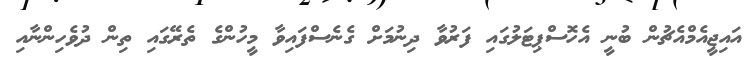
އައިޖީއެމްއެޗުން ބުނީ އެހޮސްޕިޓަލުގައި ފަރުވާ ދިނުމަށް ގެނެސްފައިވާ މީހުންގެ ތެރޭގައި ތިން ދުވެހިންނާއި